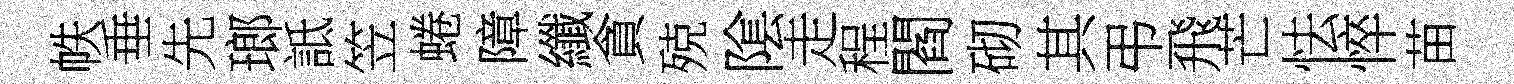
帙垂先瑯詆笠蜷障纖貪殑隂走程閻砌其弔飛芒怯悴苗